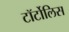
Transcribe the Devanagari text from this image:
टॉर्टोलिस